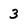
Character: 3